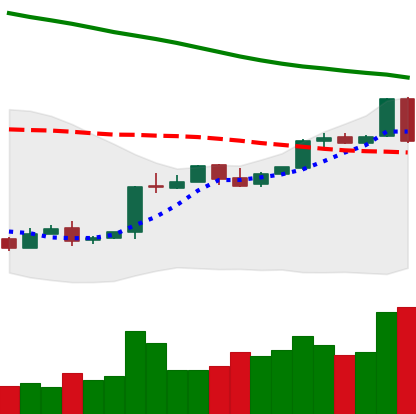
Ticker: BTC-USD
Chart end date: 2018-04-25
Forward return: 4.463%
Label: up_3_5